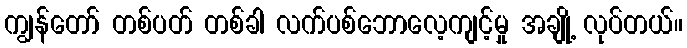
ကျွန်တော် တစ်ပတ် တစ်ခါ လက်ပစ်ဘောလေ့ကျင့်မှု အချို့ လုပ်တယ်။